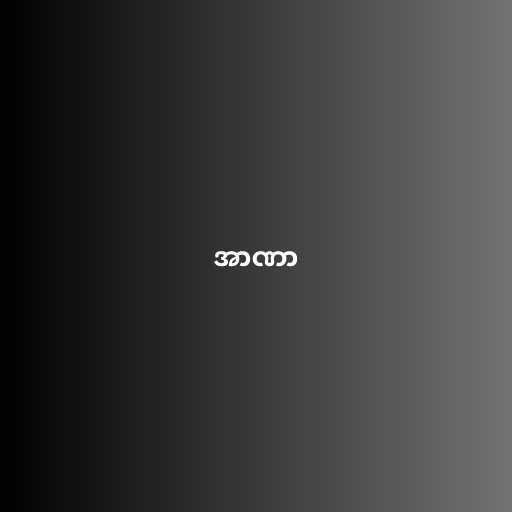
အာဏာ